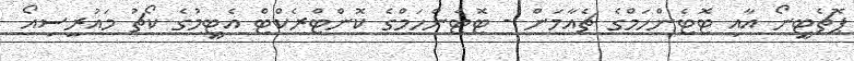
ޕޮޗެޓީނޯ އާއި ޓޮޓެންހަމްގެ ޗެއާމަން - ޓޮޓެންހަމްގެ ކޮންޓްރެކްޓް އެޓީމުގެ ކޯޗު މައުރީސިއޯ